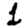
Digit: 1